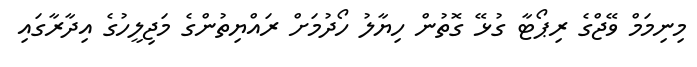
މިނިމަމް ވޭޖްގެ ރިޕޯޓާ ގުޅޭ ގޮތުން ހިޔާލު ހޯދުމަށް ރައްޔިތުންގެ މަޖިލީހުގެ އިދާރާގައި